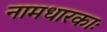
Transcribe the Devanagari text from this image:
नामधारकाः